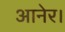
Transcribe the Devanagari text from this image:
आनेर।